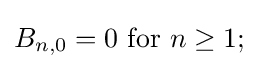
B_{n,0}=0{\text{ for }}n\geq 1;